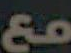
مع